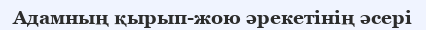
Адамның қырып-жою әрекетінің әсері